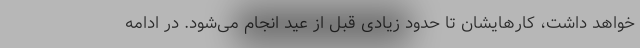
خواهد داشت، کارهایشان تا حدود زیادی قبل از عید انجام می‌شود. در ادامه